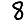
Digit: 8